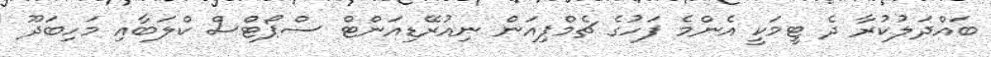
ބައްދަލުކުރާ ދެ ޓީމަކީ އެންމެ ފަހުގެ ޗެމްޕިއަން ނިއުރޭޑިއަންޓް ސްޕޯޓްސް ކްލަބާއި މަހިބަދޫ